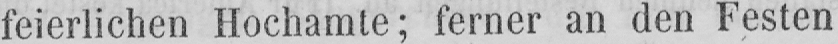
feierlichen Hochamte; ferner an den Festen